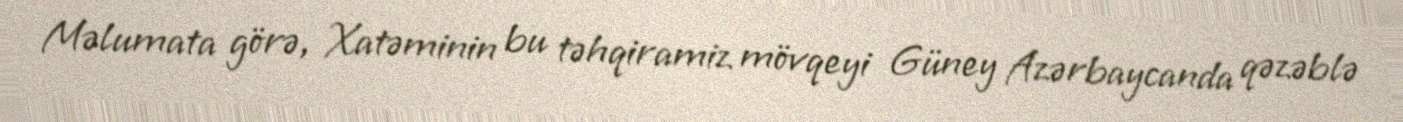
Məlumata görə, Xatəminin bu təhqiramiz mövqeyi Güney Azərbaycanda qəzəblə